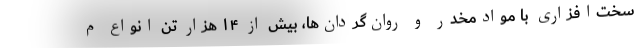
سخت‌افزاری با موادمخدر و روان‌گردان‌ها، بیش از ۱۴ هزار تن انواع م